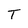
Character: T